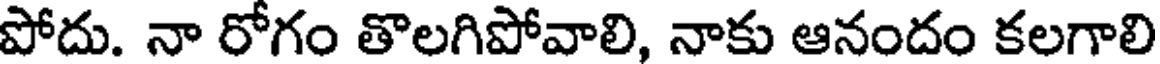
పోదు. నా రోగం తొలగిపోవాలి, నాకు ఆనందం కలగాలి